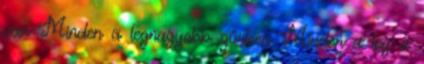
van Minden a legnagyobb zűrben Minden a leg a